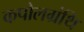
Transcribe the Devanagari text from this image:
कपोलग्रंथि